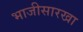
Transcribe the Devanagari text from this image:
भाजीसारखा